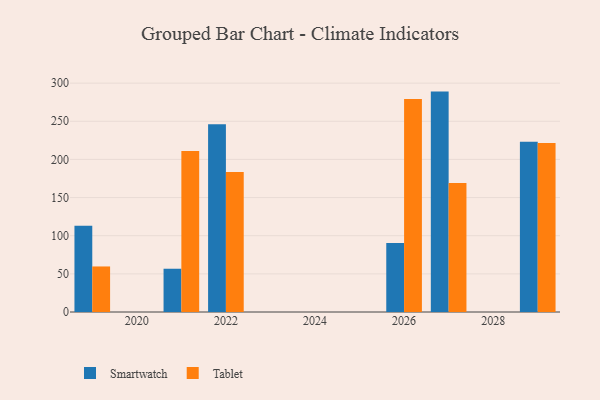
{"axis": {"x": "Year", "y": "Backlog"}, "legend": ["Smartwatch", "Tablet"], "data": [{"x": "2029", "y": 223.2, "type": "Smartwatch"}, {"x": "2029", "y": 221.5, "type": "Tablet"}, {"x": "2021", "y": 56.7, "type": "Smartwatch"}, {"x": "2021", "y": 211.2, "type": "Tablet"}, {"x": "2022", "y": 246.0, "type": "Smartwatch"}, {"x": "2022", "y": 183.5, "type": "Tablet"}, {"x": "2026", "y": 90.4, "type": "Smartwatch"}, {"x": "2026", "y": 279.1, "type": "Tablet"}, {"x": "2027", "y": 288.9, "type": "Smartwatch"}, {"x": "2027", "y": 169.1, "type": "Tablet"}, {"x": "2019", "y": 112.9, "type": "Smartwatch"}, {"x": "2019", "y": 59.7, "type": "Tablet"}]}